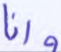
وإنا